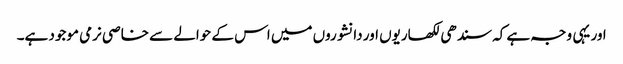
اور یہی وجہ ہے کہ سندھی لکھاریوں اور دانشوروں میں اس کے حوالے سے خاصی نرمی موجود ہے۔